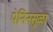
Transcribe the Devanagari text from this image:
पेनिनसूळा